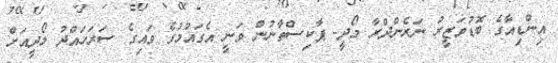
އިންޑިއާގެ ބޮޑުވަޒީރު ނަރެންދްރާ މޯދީ- ޕާކިސްތާނުން ވަނީ އެގައުމުގެ ވައިގެ ސަރަހައްދު މޯދީއަށް